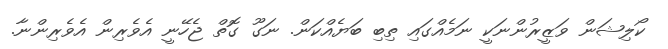
ކޯލިޝަން ވަޒީރުންނަކީ ނަމެއްގައި ތިބި ބަޔެއްކަން. ނަގޫ ގޮތް ޖެހޭނީ އެވެރިން އެވެރިންނާ.